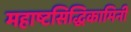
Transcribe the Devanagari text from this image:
महाष्टसिद्धिकामिनी